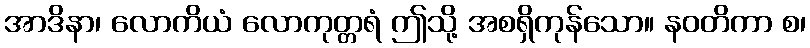
အာဒိနာ၊ လောကိယံ လောကုတ္တရံ ဤသို့ အစရှိကုန်သော။ နဝတိကာ စ၊